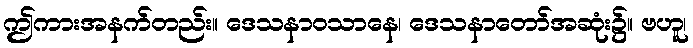
ဤကားအနက်တည်း။ ဒေသနာဝသာနေ၊ ဒေသနာတော်အဆုံး၌။ ဗဟူ၊